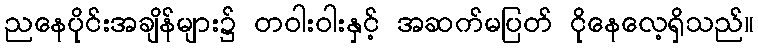
ညနေပိုင်းအချိန်များ၌ တဝါးဝါးနှင့် အဆက်မပြတ် ငိုနေလေ့ရှိသည်။